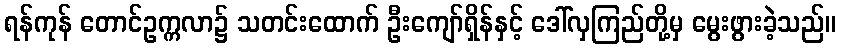
ရန်ကုန် တောင်ဥက္ကလာ၌ သတင်းထောက် ဦးကျော်ရှိန်နှင့် ဒေါ်လှကြည်တို့မှ မွေးဖွားခဲ့သည်။